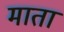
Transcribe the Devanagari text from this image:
माता